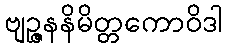
ဗျဉ္ဇနနိမိတ္တကောဝိဒါ